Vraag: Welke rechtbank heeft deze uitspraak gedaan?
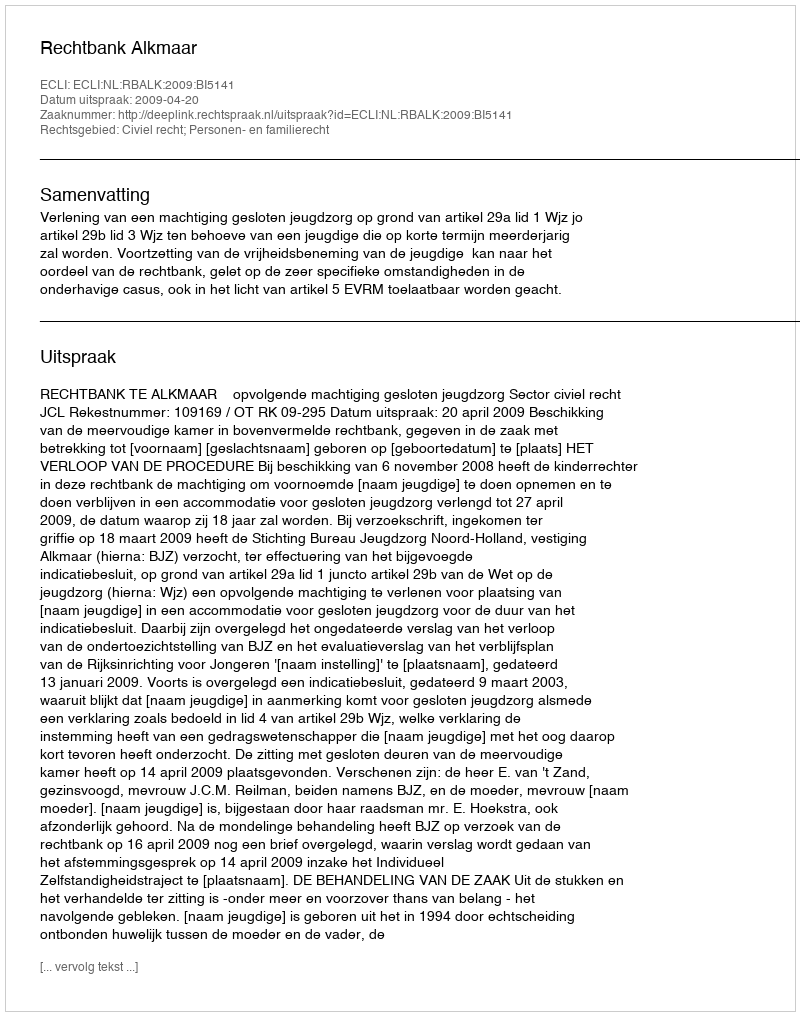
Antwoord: Rechtbank Alkmaar